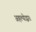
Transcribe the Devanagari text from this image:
अहल्योद्धार।